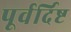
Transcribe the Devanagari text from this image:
पूर्वर्दिष्ट